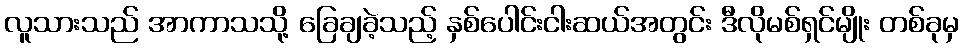
လူသားသည် အာကာသသို့ ခြေချခဲ့သည့် နှစ်ပေါင်းငါးဆယ်အတွင်း ဒီလိုမစ်ရှင်မျိုး တစ်ခုမှ